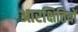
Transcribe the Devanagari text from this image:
आरक्षितियों